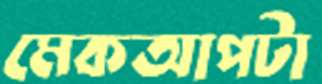
মেকআপটা